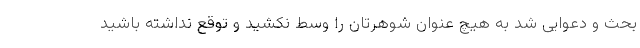
بحث و دعوایی شد به هیچ عنوان شوهرتان را وسط نکشید و توقع نداشته باشید